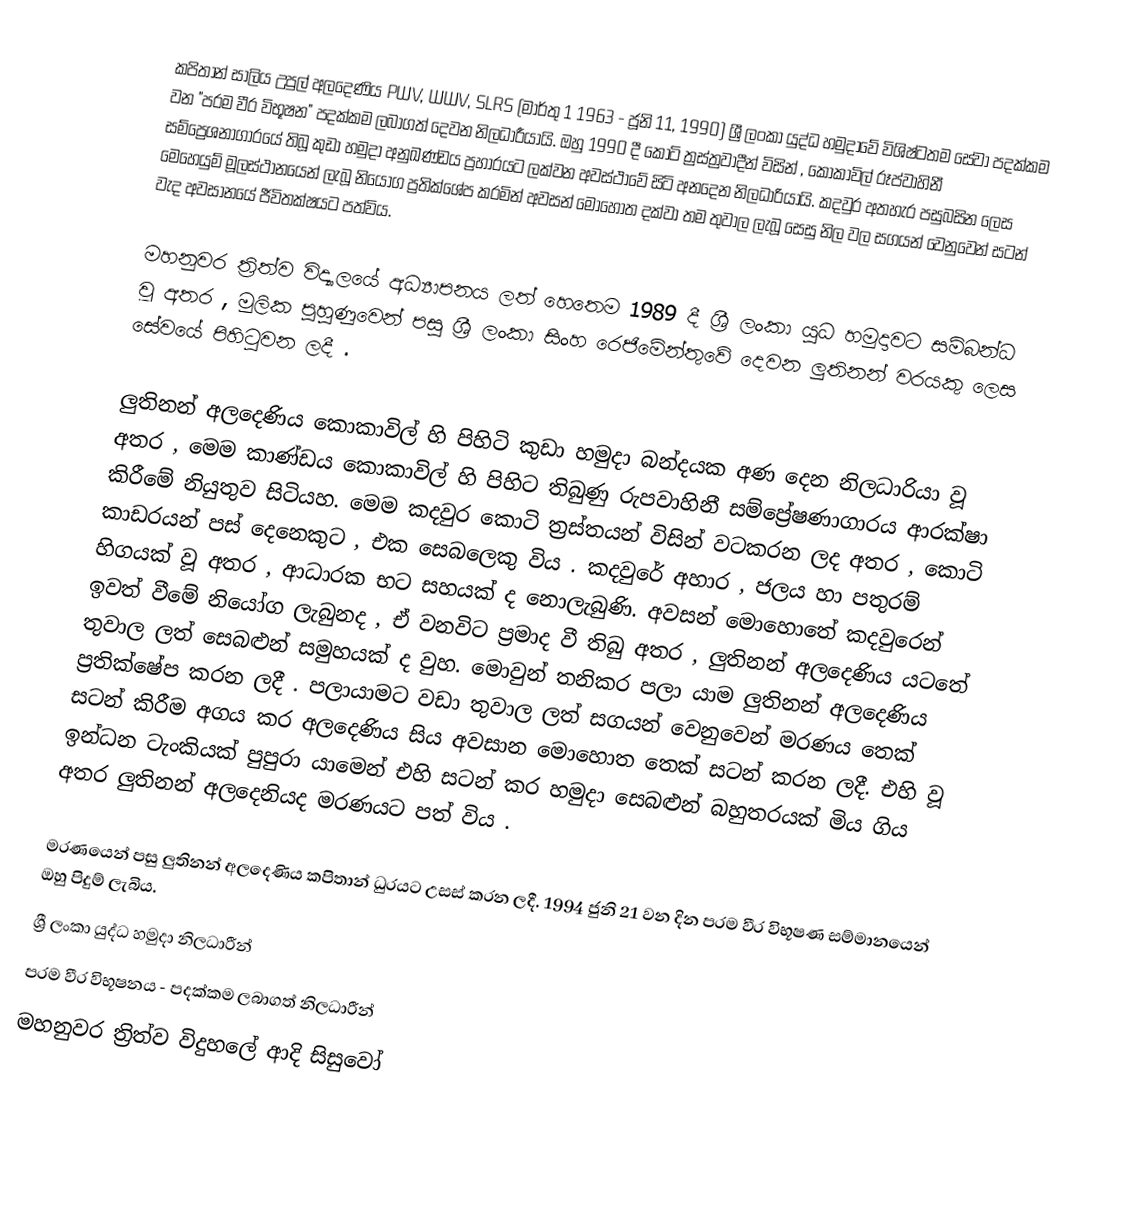
කපිතාන් සාලිය උපුල් අලදෙණිය PWV, WWV, SLRS  (මාර්තු 1 1963 - ජූනි 11, 1990)  ශ්‍රී ලංකා යුද්ධ හමුදාවේ විශිෂ්ටතම සේවා පදක්කම වන "පරම වීර විභූෂන" පදක්කම ලබාගත් දෙවන නිලධාරීයායි.   ඔහු 1990 දී කොටි ත්‍රස්ත්‍රවාදීන් විසින් , කොකාවිල් රූප්වාහිනී සම්ප්‍රෙශනාගාරයේ තිබූ කුඩා හමුදා අනුඛණ්ඩය ප්‍රහාරයට ලක්වන අවස්ථාවේ සිටි  අනදෙන නිලධාරියායි.  කදවුර අතහැර පසුබසින ලෙස මෙහෙයුම් මූලස්ථානයෙන් ලැබූ නියෝග ප්‍රතික්ශේප කරමින් අවසන් මොහොත දක්වා තම තුවාල ලැබූ සෙසු නිල වල සගයන් වෙනුවෙන් සටන් වැද අවසානයේ ජීවිතක්ෂයට පත්විය.

මහනුවර ත්‍රිත්ව විද්‍යාලයේ අධ්‍යාපනය ලත් හෙතෙම 1989 දී ශ්‍රී ලංකා යුධ හමුදාවට සම්බන්ධ වූ අතර , මුලික පුහුණුවෙන් පසු ශ්‍රී ලංකා සිංහ රෙජිමේන්තුවේ දෙවන ලුතිනන් වරයකු ලෙස සේවයේ පිහිටුවන ලදී .

ලුතිනන් අලදෙණිය කොකාවිල් හි පිහිටි කුඩා හමුදා බන්දයක අණ දෙන නිලධාරියා වූ අතර , මෙම කාණ්ඩය කොකාවිල් හි පිහිට තිබුණු රුපවාහිනී සම්ප්‍රේෂණාගාරය ආරක්ෂා කිරීමේ නියුතුව සිටියහ. මෙම කදවුර කොටි ත්‍රස්තයන් විසින් වටකරන ලද අතර , කොටි කාඩරයන් පස් දෙනෙකුට , එක සෙබලෙකු විය . කදවුරේ අහාර , ජලය  හා පතුරම් හිගයක් වූ අතර , ආධාරක භට සහයක් ද නොලැබුණි. අවසන් මොහොතේ කදවුරෙන් ඉවත් වීමේ නියෝග ලැබුනද , ඒ වනවිට ප්‍රමාද වී තිබු අතර , ලුතිනන් අලදෙණිය යටතේ තුවාල ලත් සෙබළුන් සමුහයක් ද වුහ. මොවුන් තනිකර පලා යාම ලුතිනන් අලදෙණිය ප්‍රතික්ෂේප කරන ලදී . පලායාමට වඩා තුවාල ලත් සගයන් වෙනුවෙන් මරණය තෙක් සටන් කිරීම අගය කර අලදෙණිය සිය අවසාන මොහොත තෙක් සටන් කරන ලදී. එහි වූ ඉන්ධන ටැංකියක් පුපුරා යාමෙන් එහි සටන් කර හමුදා සෙබළුන් බහුතරයක් මිය ගිය අතර ලුතිනන් අලදෙනියද මරණයට පත් විය .

මරණයෙන් පසු ලුතිනන් අලදෙණිය කපිතාන් ධුරයට උසස් කරන ලදී. 1994 ජුනි 21 වන දින පරම වීර විභූෂණ සම්මානයෙන් ඔහු පිදුම් ලැබිය.
ශ්‍රී ලංකා යුද්ධ හමුදා නිලධාරීන්
පරම වීර විභූෂනය - පදක්කම ලබාගත් නිලධාරීන්
මහනුවර ත්‍රිත්ව විදුහලේ ආදි සිසුවෝ